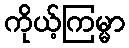
ကိုယ့်ကြမ္မာ